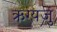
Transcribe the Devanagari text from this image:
ऋग्यजु